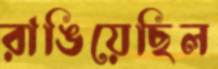
রাঙিয়েছিল